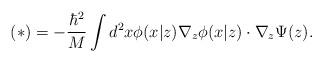
LaTeX: \begin{align*}(*)=-\frac{\hbar^2}{M}\int d^2x \phi(x|z)\nabla_z \phi(x|z)\cdot\nabla_z \Psi(z) .\end{align*}